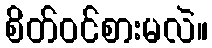
စိတ်ဝင်စားမလဲ။